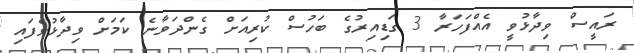
ރައީސް ވިދާޅުވީ އެއްފަހަރާ 3 ގަޑިއިރުގެ ބަހުސް ކުރިއަށް ގެންދަވާނެ ކަމަށް ވިދާޅުވެފައި